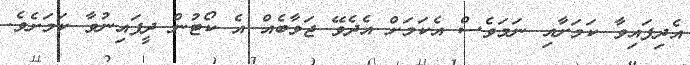
އެދިފައިވާ ކަމަށާއި ނަމަވެސް އެކަމަށް އެދެވޭ ޖަވާބެއް އެ ކޯޓުން ދީފައިނުވާ ކަމަށެވެ.